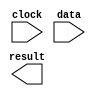
// megafunction wizard: %ALTFP_LOG%VBB%
// GENERATION: STANDARD
// VERSION: WM1.0
// MODULE: ALTFP_LOG 

// ============================================================
// Megafunction Name(s):
// 			ALTFP_LOG
//
// Simulation Library Files(s):
// 			lpm
// ============================================================
// ************************************************************
// THIS IS A WIZARD-GENERATED FILE. DO NOT EDIT THIS FILE!
//
// 9.0 Build 132 02/25/2009 SJ Full Version
// ************************************************************

//Copyright (C) 1991-2009 Altera Corporation
//Your use of Altera Corporation's design tools, logic functions 
//and other software and tools, and its AMPP partner logic 
//functions, and any output files from any of the foregoing 
//(including device programming or simulation files), and any 
//associated documentation or information are expressly subject 
//to the terms and conditions of the Altera Program License 
//Subscription Agreement, Altera MegaCore Function License 
//Agreement, or other applicable license agreement, including, 
//without limitation, that your use is for the sole purpose of 
//programming logic devices manufactured by Altera and sold by 
//Altera or its authorized distributors.  Please refer to the 
//applicable agreement for further details.

module log (
	clock,
	data,
	result)/* synthesis synthesis_clearbox = 1 */;

	input	  clock;
	input	[31:0]  data;
	output	[31:0]  result;
`ifndef ALTERA_RESERVED_QIS
// synopsys translate_off
`endif
	tri0	  clock;
	tri0	[31:0]  data;
`ifndef ALTERA_RESERVED_QIS
// synopsys translate_on
`endif

endmodule

// ============================================================
// CNX file retrieval info
// ============================================================
// Retrieval info: LIBRARY: altera_mf altera_mf.altera_mf_components.all
// Retrieval info: PRIVATE: INTENDED_DEVICE_FAMILY STRING "Cyclone III"
// Retrieval info: CONSTANT: INTENDED_DEVICE_FAMILY STRING "UNUSED"
// Retrieval info: CONSTANT: LPM_HINT STRING "UNUSED"
// Retrieval info: CONSTANT: LPM_TYPE STRING "altfp_log"
// Retrieval info: CONSTANT: PIPELINE NUMERIC "21"
// Retrieval info: CONSTANT: WIDTH_EXP NUMERIC "8"
// Retrieval info: CONSTANT: WIDTH_MAN NUMERIC "23"
// Retrieval info: USED_PORT: clock 0 0 0 0 INPUT GND "clock"
// Retrieval info: CONNECT: @clock 0 0 0 0 clock 0 0 0 0
// Retrieval info: USED_PORT: data 0 0 32 0 INPUT GND "data[31..0]"
// Retrieval info: CONNECT: @data 0 0 32 0 data 0 0 32 0
// Retrieval info: USED_PORT: result 0 0 32 0 OUTPUT GND "result[31..0]"
// Retrieval info: CONNECT: result 0 0 32 0 @result 0 0 32 0
// Retrieval info: GEN_FILE: TYPE_NORMAL log.v TRUE FALSE
// Retrieval info: GEN_FILE: TYPE_NORMAL log.qip TRUE FALSE
// Retrieval info: GEN_FILE: TYPE_NORMAL log.bsf TRUE TRUE
// Retrieval info: GEN_FILE: TYPE_NORMAL log_inst.v TRUE TRUE
// Retrieval info: GEN_FILE: TYPE_NORMAL log_bb.v TRUE TRUE
// Retrieval info: GEN_FILE: TYPE_NORMAL log.inc TRUE TRUE
// Retrieval info: GEN_FILE: TYPE_NORMAL log.cmp FALSE TRUE
// Retrieval info: LIB_FILE: lpm